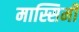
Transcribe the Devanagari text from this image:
मास्सिमी